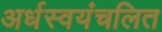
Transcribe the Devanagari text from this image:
अर्धस्वयंचलित